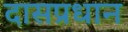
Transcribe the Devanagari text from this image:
दासप्रधान